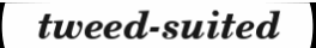
tweed-suited